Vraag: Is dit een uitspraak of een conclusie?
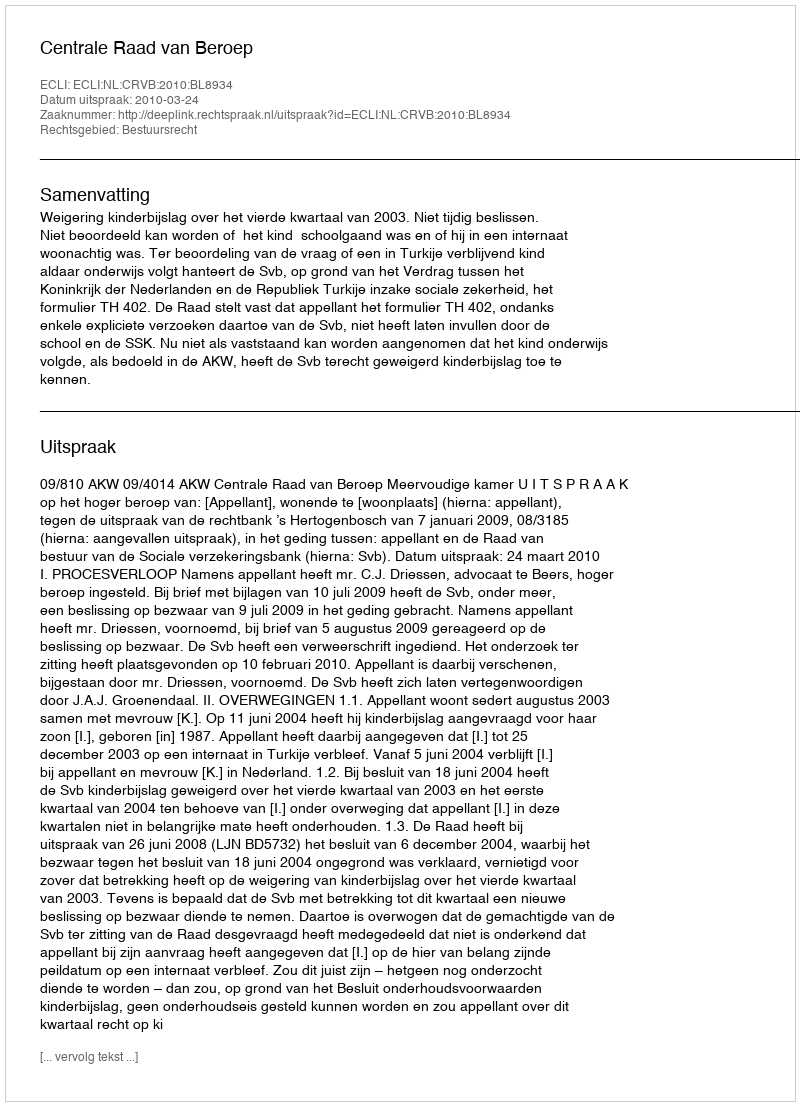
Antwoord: Uitspraak